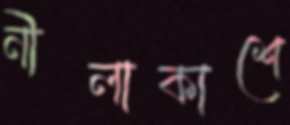
নীলাকাশে